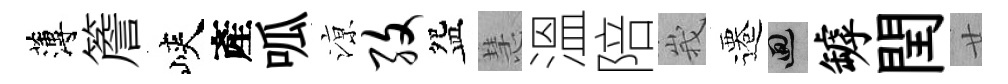
薄簷峽產呱鿌孜盌慧溫陪峩遷回罅閏廿